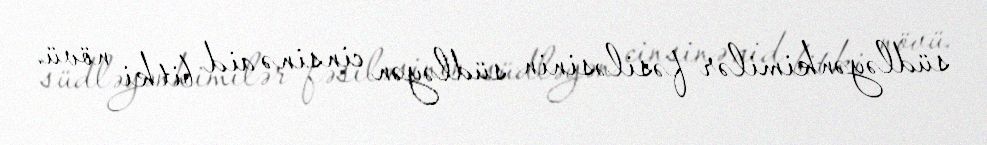
südləyənkimilər fəsiləsinin südləyən cinsinə aid bitki növü.